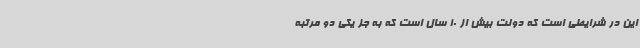
این در شرایطی است که دولت بیش از 10 سال است که به جز یکی دو مرتبه